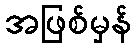
အဖြစ်မှန်